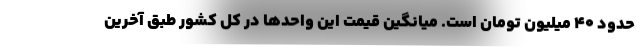
حدود ۴۰ میلیون تومان است. میانگین قیمت این واحدها در کل کشور طبق آخرین